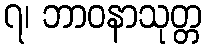
၇၊ ဘာဝနာသုတ္တ